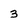
Character: 3